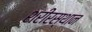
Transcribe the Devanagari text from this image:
शरीरस्थान